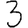
Digit: 3